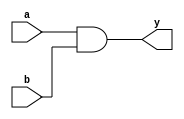
module simple_continuous_assignment (
    input wire a,        // First input
    input wire b,        // Second input
    output wire y        // Output
);

// Continuous assignment using the assign statement
assign y = a & b;      // Logical AND of inputs a and b

endmodule